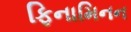
ફિનામિનન